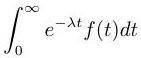
\[\int_{0}^{\infty} e^{-\lambda t} f(t) dt\]